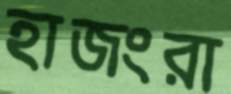
হাজংরা